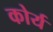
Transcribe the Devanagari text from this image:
कोर्य